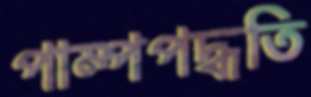
পাম্পপদ্ধতি